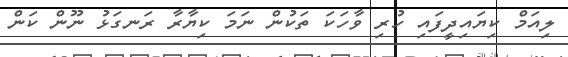
ލިއަމް ކިޔައިދީފައި ހުރި ވާހަކަ ތަކުން ނަމަ ކިޔާރާ ރަނގަޅު ނޫން ކަން